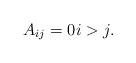
LaTeX: \begin{align*} A_{ij} = 0 i > j.\end{align*}